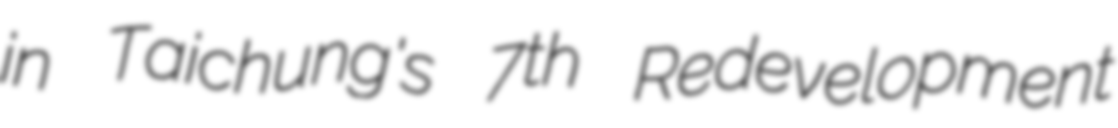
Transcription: in Taichung's 7th Redevelopment